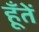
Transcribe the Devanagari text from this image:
हूँतें